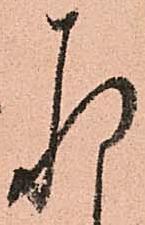
存